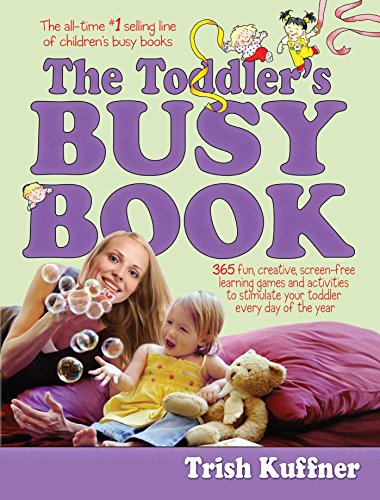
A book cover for The Toddler's Busy Book: 365 Creative Games and Activities to Keep Your 1 1/2- to 3-Year-Old Busy; Trish Kuffner; Parenting & Relationships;